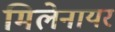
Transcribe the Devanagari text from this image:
मिलेनायर